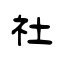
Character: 社